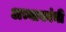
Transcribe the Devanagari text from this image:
अभ्याकांनी